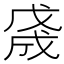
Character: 𢧓